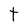
Character: t